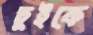
ঢুইকে